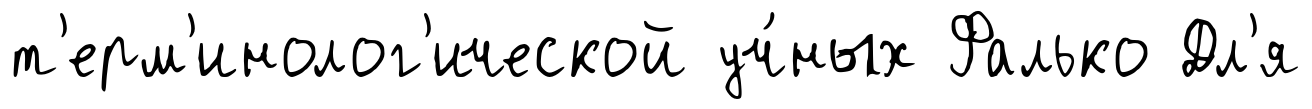
т'ерм'инолог'ической уч́ных Фалько Дл'я